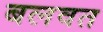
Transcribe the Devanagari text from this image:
बलवत